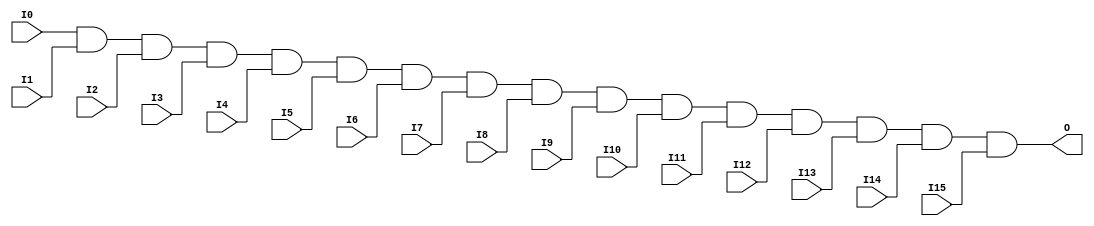
module X_AND16 (O, I0, I1, I2, I3, I4, I5, I6, I7,
                I8, I9, I10, I11, I12, I13, I14, I15);

  parameter LOC = "UNPLACED";
  output O;
  input I0, I1, I2, I3, I4, I5, I6, I7,
        I8, I9, I10, I11, I12, I13, I14, I15;

  and (O, I0, I1, I2, I3, I4, I5, I6, I7,
       I8, I9, I10, I11, I12, I13, I14, I15);

  specify

	(I0 => O) = (0:0:0, 0:0:0);
	(I1 => O) = (0:0:0, 0:0:0);
	(I2 => O) = (0:0:0, 0:0:0);
	(I3 => O) = (0:0:0, 0:0:0);
	(I4 => O) = (0:0:0, 0:0:0);
	(I5 => O) = (0:0:0, 0:0:0);
	(I6 => O) = (0:0:0, 0:0:0);
	(I7 => O) = (0:0:0, 0:0:0);
	(I8 => O) = (0:0:0, 0:0:0);
	(I9 => O) = (0:0:0, 0:0:0);
	(I10 => O) = (0:0:0, 0:0:0);
	(I11 => O) = (0:0:0, 0:0:0);
	(I12 => O) = (0:0:0, 0:0:0);
	(I13 => O) = (0:0:0, 0:0:0);
	(I14 => O) = (0:0:0, 0:0:0);
	(I15 => O) = (0:0:0, 0:0:0);
	specparam PATHPULSE$ = 0;

  endspecify

endmodule